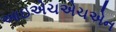
આઇએચએચએન